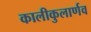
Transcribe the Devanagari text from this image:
कालीकुलार्णव